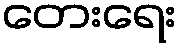
တေးရေး